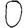
Digit: 0